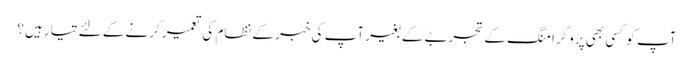
آپ کو کسی بھی پروگرامنگ کے تجربے کے بغیر آپ کی خبر کے نظام کی تعمیر کرنے کے لئے تیار ہیں؟